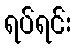
ရပ်ရင်း